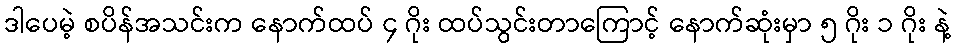
ဒါပေမဲ့ စပိန်အသင်းက နောက်ထပ် ၄ ဂိုး ထပ်သွင်းတာကြောင့် နောက်ဆုံးမှာ ၅ ဂိုး ၁ ဂိုး နဲ့